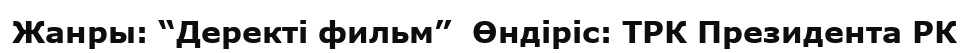
Жанры: “Деректі фильм”  Өндіріс: ТРК Президента РК